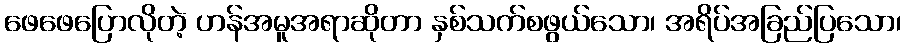
ဖေဖေပြောလိုတဲ့ ဟန်အမူအရာဆိုတာ နှစ်သက်စဖွယ်သော၊ အရိပ်အခြည်ပြသော၊